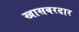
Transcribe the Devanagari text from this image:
खासबरदार